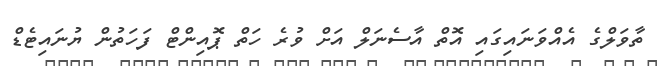
ތާވަލްގެ އެއްވަނައިގައި އޮތް އާސެނަލް އަށް ވުރެ ހަތް ޕޮއިންޓް ފަހަތުން ޔުނައިޓެޑް